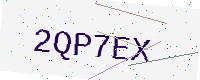
Text: 2QP7EX